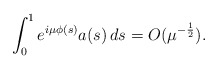
\begin{align*}\int_0^1 e^{i\mu\phi(s)} a(s)\,ds = O(\mu^{-\frac 12}).\end{align*}